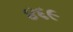
૪૬૯